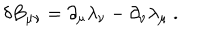
LaTeX: \delta B _ { \mu \nu } = \partial _ { \mu } \lambda _ { \nu } - \partial _ { \nu } \lambda _ { \mu } \ .